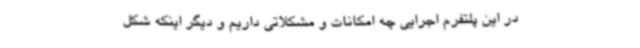
در این پلتفرم اجرایی چه امکانات و مشکلاتی داریم و دیگر اینکه شکل